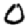
Digit: 0